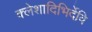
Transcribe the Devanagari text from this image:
क्लेशादिभिर्देवि